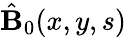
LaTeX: \hat{\mathbf B}_{0}(x,y,s)